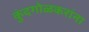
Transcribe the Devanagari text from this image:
कुंदगोळकरांना